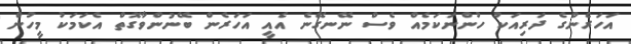
އަހަރެންގެ ދަރިއަކު ހުންނަކަމެއް ވެސް ނޭނގޭނެ އެއީ އަހަރެން ބޭނުންވާގޮތް އެކަމަކު މީހުން